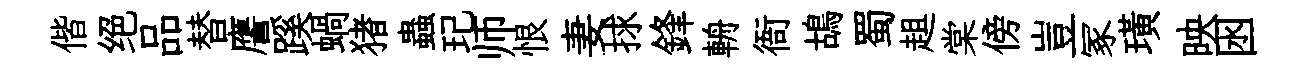
偕绝品替譍蹊蝸猪蟲玘师恨妻捄鋒輈衙鴣蜀趄棠傍豈冢璜映囦